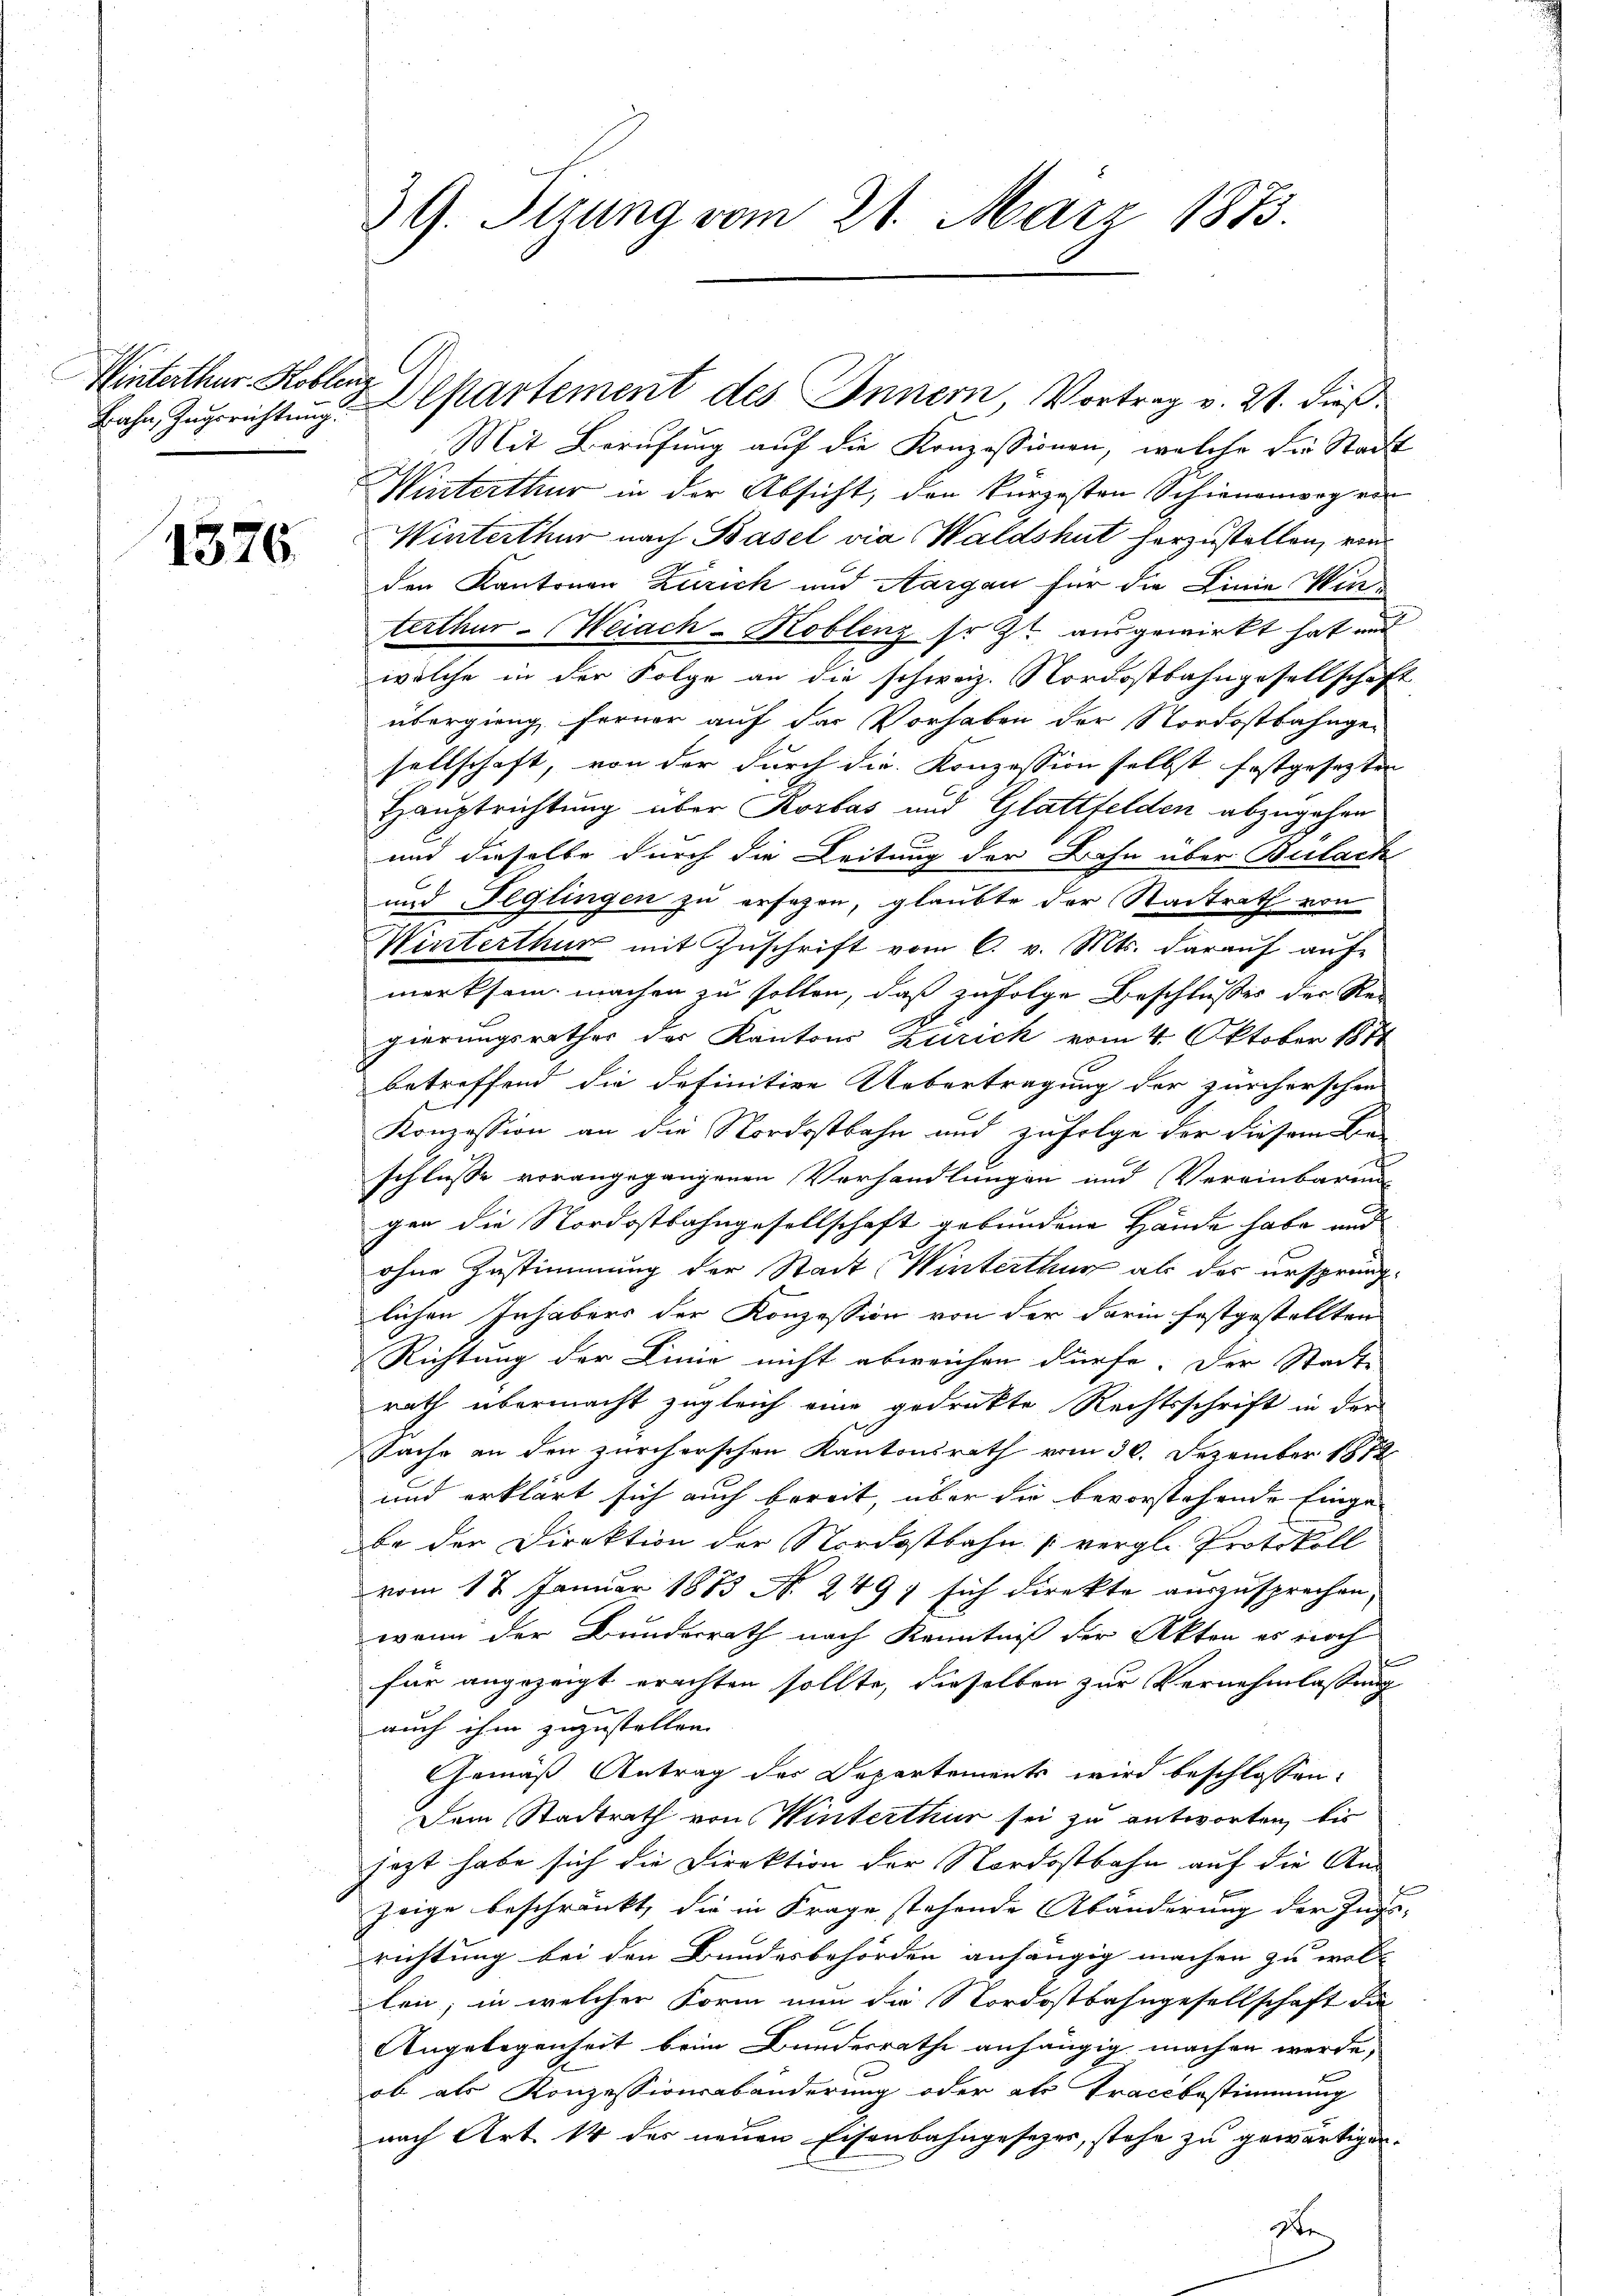
Hinterthur. Koblenz

1376.

39. Sizung vom 21. März 1883.

Bahn, Zugsrichtung. Departement des Innern, Vortrag v. 21. dieß

Mit Berufung auf die Konzessionen, welche die Stadt
Winterthur in der Absicht, den kürzesten Schienenweg von
Winterthur nach Basel via Waldshut herzustellen, von
den Kantonen Zürich und Aargau für die Linie Winterthur–Weiach-Koblenz so zt ausgewirkt hat und
welche in der Folge an die schweiz. Nordostbahngesellschaft
übergieng, ferner auf der Vorhaben der Nordostbahngesellschaft, von der durch die Konzession selbst festgesezten
Hauptrichtung über Korbas und Glattfelden abzugehen
und derselbe durch die Leitung der Bahn über Bulach
und Feglingen zu ersehen, glaubte der Stadtrath von
Winterthur mit Zŭschrift vom 6. v. Mts. darauf auf-
merksam machen zu sollen, daß zufolge Beschlusses der Re-
gierungsrathes der Kantons Zürich vom 4. Oktober 1874
betreffend die definitive Uebertragung der zürcherschen
Konzession an die Nordostbahn und zufolge der diesem Ber
schlusse vorangegangenen Verhandlungen und Vereinbarun
gen die Nordostbahngesellschaft gebundene Hände habe und
ohne Zustimmung der Stadt Winterthur als das ursprunglichen Inhabers der Konzession von der darin festgestellten
Richtung der Linie nicht abweichen dürfe. Der Stadte
rath übermacht zugleich eine gedruckte Rechtsschrift in der
Sache an den zürcherschen Kantonsrath vom 30. Dezember 1872
und erklärt sich auch bereit, über die bevorstehende Einge-
be der Direktion der Nordostbahn vergl. Protokoll
vom 17. Januar 1883 No. 249) sich direkte auszusprechen,
wann der Bundesrath nach Kenntniß der Akten es noch
e
für angezeigt erachten sollte, dieselben zur Vernehmlassung
auch ihm zuzustellen.
Gemäß Antrag des Departements wird beschlossen:
Dem Stadtrath von Winterthur sei zu antworten, bis
jezt habe sich die Direktion der Nordostbahn auf die An-
zeige beschränkt, die in Frage stehende Abänderung der Ingerichtung bei den Bundesbehörden anhängig machen zu wolle
len; in welcher Form nun die Nordostbahngesellschaft die
Angelegenheit beim Bundesrathe anhängig machen werde,
ob als Konzessionsabänderung oder als Tractbestimmung
nach Art. 14 des neuen Eisenbahngesetzes, stehe zu gewärtigen.
1